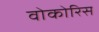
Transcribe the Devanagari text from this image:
वोकोरिस